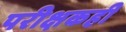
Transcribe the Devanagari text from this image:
परीक्षकही